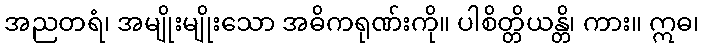
အညတရံ၊ အမျိုးမျိုးသော အဓိကရုဏ်းကို။ ပါစိတ္တိယန္တိ၊ ကား။ ဣဓ၊